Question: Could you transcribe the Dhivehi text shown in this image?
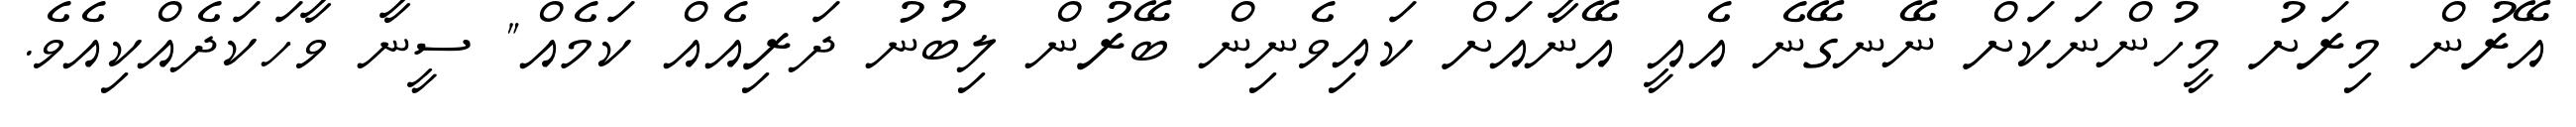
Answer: އޭރުން މިރަށު މީހުންނަކަށް ނޭނގޭނެ އެއީ އޭނާއަށް ކައިވެނިން ބޭރުން ލިބުނު ދަރިއެއް ކަމެއް" ސީނާ ވާހަކަދެއްކިއެވެ.